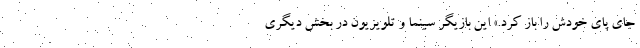
جای پای خودش را باز کرد.» این بازیگر سینما و تلویزیون در بخش دیگری